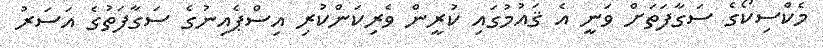
މެކްސިކޯގެ ސަގާފަތަށް ވަނީ އެ ޤައުމުގައި ކުރީން ވެރިކަންކުރި އިސްޕެއިނުގެ ސަގާފަތުގެ އަސަރު